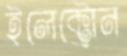
ইলেক্ট্রোন